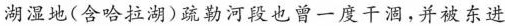
湖湿地(含哈拉湖)疏勒河段也曾一度干涸，并被东进